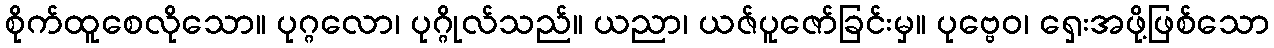
စိုက်ထူစေလိုသော။ ပုဂ္ဂလော၊ ပုဂ္ဂိုလ်သည်။ ယညာ၊ ယဇ်ပူဇော်ခြင်းမှ။ ပုဗ္ဗေဝ၊ ရှေးအဖို့ဖြစ်သော